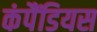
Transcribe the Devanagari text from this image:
कंपैंडियस